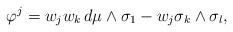
LaTeX: \begin{align*}\varphi^j = w_j w_k \,d\mu \wedge \sigma_1 - w_j \sigma_k \wedge \sigma_l, \end{align*}